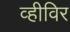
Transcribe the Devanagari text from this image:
व्हीविर